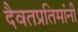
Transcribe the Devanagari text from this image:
दैवतप्रतिमांनी